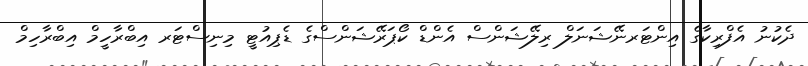
ދެކުނު އެފްރިކާގެ އިންޓަރނޭޝަނަލް ރިލޭޝަންސް އެންޑް ކޯޕަރޭޝަންސްގެ ޑެޕިއުޓީ މިނިސްޓަރ އިބްރާހީމް އިބްރާހިމް